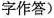
字作答)